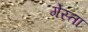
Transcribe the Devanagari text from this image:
गेस्ता